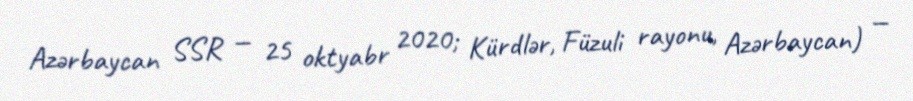
Azərbaycan SSR — 25 oktyabr 2020; Kürdlər, Füzuli rayonu, Azərbaycan) —